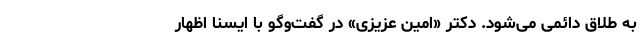
به طلاق دائمی می‌شود. دکتر «امین عزیزی» در گفت‌وگو با ایسنا اظهار